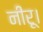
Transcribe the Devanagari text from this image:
नीरू।